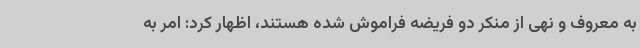
به معروف و نهی از منکر دو فریضه فراموش شده هستند، اظهار کرد: امر به